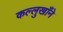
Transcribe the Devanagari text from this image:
कल्लुखाँने